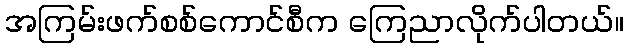
အကြမ်းဖက်စစ်ကောင်စီက ကြေညာလိုက်ပါတယ်။